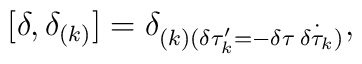
[\delta ,\delta_{(k)}]=\delta_{(k)(\delta \tau_{k}'=-\delta \tau \: \dot{\delta\tau_{k}})},